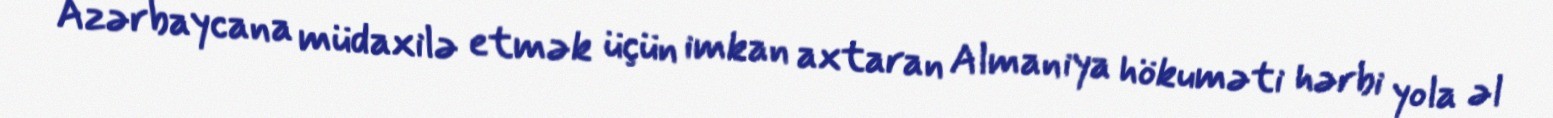
Azərbaycana müdaxilə etmək üçün imkan axtaran Almaniya hökuməti hərbi yola əl